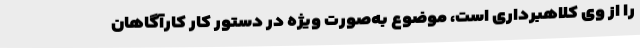
را از وی کلاهبرداری است، موضوع به‌صورت ویژه در دستور کار کارآگاهان